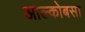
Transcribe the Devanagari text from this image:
आल्कोबसा